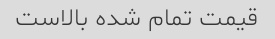
قیمت تمام شده بالاست